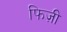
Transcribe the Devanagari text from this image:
फिज़ी